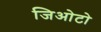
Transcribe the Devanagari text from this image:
जिओटो